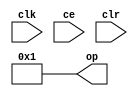
module sysgen_constant_22a1de7646 (
  output [(8 - 1):0] op,
  input clk,
  input ce,
  input clr);
  assign op = 8'b00000001;
endmodule